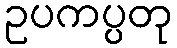
ဥပကပ္ပတု